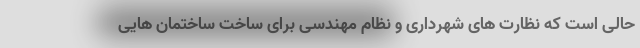
حالی است که نظارت های شهرداری و نظام مهندسی برای ساخت ساختمان هایی